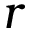
r